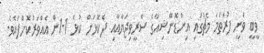
ވީބީ ވަނީ ފުރަތަމަ މެޗުގައި އިންޑޮނޭޝިއާގެ ސްރީވިޖަޔާއާއި ދެކޮޅަށް ކުޅެ 1-1ން އެއްވަރުކޮށްފައެވެ.